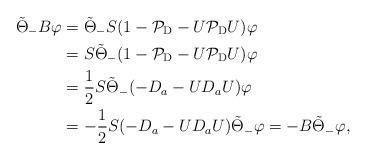
LaTeX: \begin{align*}\tilde{\Theta}_-B\varphi&=\tilde{\Theta}_-S(1-\mathcal{P}_{\rm D}-U\mathcal{P}_{\rm D}U)\varphi\\&=S\tilde{\Theta}_-(1-\mathcal{P}_{\rm D}-U\mathcal{P}_{\rm D}U)\varphi\\&=\frac{1}{2}S\tilde{\Theta}_-(-D_a-UD_aU)\varphi\\&=-\frac{1}{2}S(-D_a-UD_aU)\tilde{\Theta}_-\varphi=-B\tilde{\Theta}_-\varphi,\end{align*}